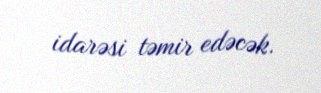
idarəsi təmir edəcək.